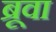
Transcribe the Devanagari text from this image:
ब्रूवा